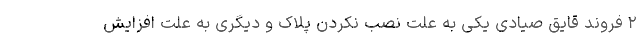
۲ فروند قایق صیادی یکی به علت نصب نکردن پلاک و دیگری به علت افزایش